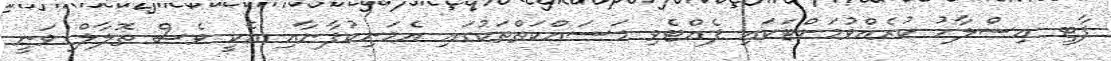
ޕާޓީ އިސްލާހު ކުރެއްވުމަށްޓަކައި ފެއްޓެވި މަސައްކަތްތަކުގައި އެމަނިކުފާނާއި އެކީ ވެސް ތޮލާލް ވަނީ